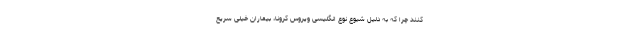
کنند چرا که به دلیل شیوع نوع انگلیسی ویروس کرونا، بیماران خیلی سریع